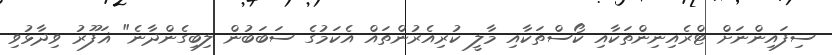
ސިފައިންނަށް ޓްރެއިނިންތަކާއި ކޯސްތަކާއި މާލީ ކުރިއެރުންތައް އެކަމުގެ ސަބަބުން ލިބިގެންދާނެ" ޣަފޫރު ވިދާޅުވި